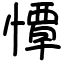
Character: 憛